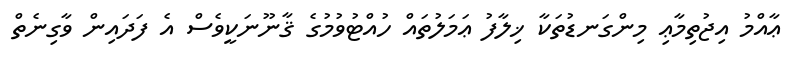
ޢާއްމު އިޖުތިމާޢި މިންގަނޑުތަކާ ޚިލާފު ޢަމަލުތައް ހުއްޓުވުމުގެ ޤާނޫނަކީވެސް އެ ފަދައިން ވާގިނެތް